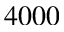
4 0 0 0